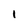
Character: 1